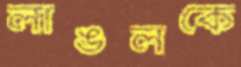
লাঙলকে